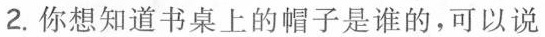
2.你想知道书桌上的帽子是谁的，可以说